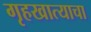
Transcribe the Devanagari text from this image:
गृहखात्याचा